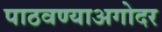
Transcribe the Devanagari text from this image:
पाठवण्याअगोदर